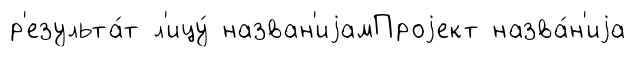
р'езульта́т л'ицу́ назван'иjамПроjект назва́н'иjа